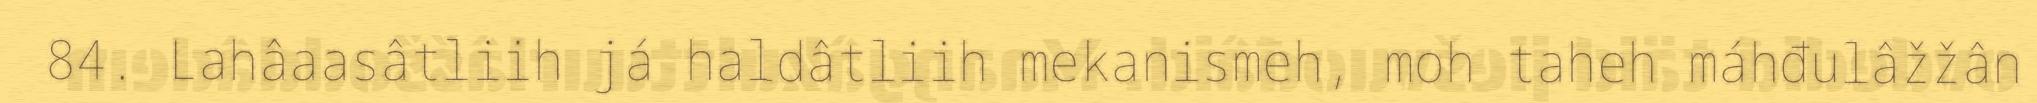
84. Lahâaasâtliih já haldâtliih mekanismeh, moh taheh máhđulâžžân